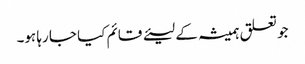
جو تعلق ہمیشہ کے لیئے قائم کیا جا رہا ہو۔